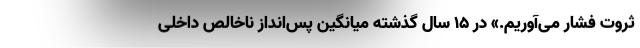
ثروت فشار می‌آوریم.» در ۱۵ سال گذشته میانگین پس‌انداز ناخالص داخلی